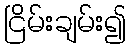
ငြိမ်းချမ်း၍